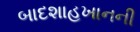
બાદશાહખાનની